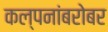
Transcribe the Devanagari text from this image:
कल्पनांबरोबर